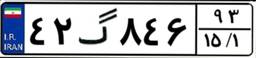
۴۲گ۸۴۶۹۳